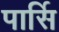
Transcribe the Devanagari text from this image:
पार्सि